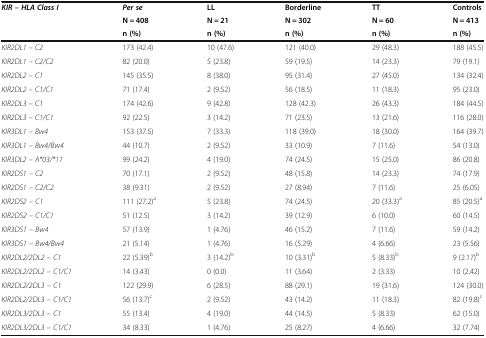
<table><thead><tr><td rowspan="3"><b><i>KIR – HLA Class I</i></b></td><td><b><i>Per se</i></b></td><td><b>LL</b></td><td><b>Borderline</b></td><td><b>TT</b></td><td><b>Controls</b></td></tr><tr><td><b>N = 408</b></td><td><b>N = 21</b></td><td><b>N = 302</b></td><td><b>N = 60</b></td><td><b>N = 413</b></td></tr><tr><td><b>n (%)</b></td><td><b>n (%)</b></td><td><b>n (%)</b></td><td><b>n (%)</b></td><td><b>n (%)</b></td></tr></thead><tbody><tr><td><i>KIR2DL1 – C2</i></td><td>173 (42.4)</td><td>10 (47.6)</td><td>121 (40.0)</td><td>29 (48.3)</td><td>188 (45.5)</td></tr><tr><td><i>KIR2DL1 – C2/C2</i></td><td>82 (20.0)</td><td>5 (23.8)</td><td>59 (19.5)</td><td>14 (23.3)</td><td>79 (19.1)</td></tr><tr><td><i>KIR2DL2 – C1</i></td><td>145 (35.5)</td><td>8 (38.0)</td><td>95 (31.4)</td><td>27 (45.0)</td><td>134 (32.4)</td></tr><tr><td><i>KIR2DL2 – C1/C1</i></td><td>71 (17.4)</td><td>2 (9.52)</td><td>56 (18.5)</td><td>11 (18.3)</td><td>95 (23.0)</td></tr><tr><td><i>KIR2DL3 – C1</i></td><td>174 (42.6)</td><td>9 (42.8)</td><td>128 (42.3)</td><td>26 (43.3)</td><td>184 (44.5)</td></tr><tr><td><i>KIR2DL3 – C1/C1</i></td><td>92 (22.5)</td><td>3 (14.2)</td><td>71 (23.5)</td><td>13 (21.6)</td><td>116 (28.0)</td></tr><tr><td><i>KIR3DL1 – Bw4</i></td><td>153 (37.5)</td><td>7 (33.3)</td><td>118 (39.0)</td><td>18 (30.0)</td><td>164 (39.7)</td></tr><tr><td><i>KIR3DL1 – Bw4/Bw4</i></td><td>44 (10.7)</td><td>2 (9.52)</td><td>33 (10.9)</td><td>7 (11.6)</td><td>54 (13.0)</td></tr><tr><td><i>KIR3DL2 – A*03/*11</i></td><td>99 (24.2)</td><td>4 (19.0)</td><td>74 (24.5)</td><td>15 (25.0)</td><td>86 (20.8)</td></tr><tr><td><i>KIR2DS1 – C2</i></td><td>70 (17.1)</td><td>2 (9.52)</td><td>48 (15.8)</td><td>14 (23.3)</td><td>74 (17.9)</td></tr><tr><td><i>KIR2DS1 – C2/C2</i></td><td>38 (9.31)</td><td>2 (9.52)</td><td>27 (8.94)</td><td>7 (11.6)</td><td>25 (6.05)</td></tr><tr><td><i>KIR2DS2 – C1</i></td><td>111 (27.2)<sup>a</sup></td><td>5 (23.8)</td><td>74 (24.5)</td><td>20 (33.3)<sup>a</sup></td><td>85 (20.5)<sup>a</sup></td></tr><tr><td><i>KIR2DS2 – C1/C1</i></td><td>51 (12.5)</td><td>3 (14.2)</td><td>39 (12.9)</td><td>6 (10.0)</td><td>60 (14.5)</td></tr><tr><td><i>KIR3DS1 – Bw4</i></td><td>57 (13.9)</td><td>1 (4.76)</td><td>46 (15.2)</td><td>7 (11.6)</td><td>59 (14.2)</td></tr><tr><td><i>KIR3DS1 – Bw4/Bw4</i></td><td>21 (5.14)</td><td>1 (4.76)</td><td>16 (5.29)</td><td>4 (6.66)</td><td>23 (5.56)</td></tr><tr><td><i>KIR2DL2/2DL2 – C1</i></td><td>22 (5.39)<sup>b</sup></td><td>3 (14.2)<sup>b</sup></td><td>10 (3.31)<sup>b</sup></td><td>5 (8.33)<sup>b</sup></td><td>9 (2.17)<sup>b</sup></td></tr><tr><td><i>KIR2DL2/2DL2 – C1/C1</i></td><td>14 (3.43)</td><td>0 (0.0)</td><td>11 (3.64)</td><td>2 (3.33)</td><td>10 (2.42)</td></tr><tr><td><i>KIR2DL2/2DL3 – C1</i></td><td>122 (29.9)</td><td>6 (28.5)</td><td>88 (29.1)</td><td>19 (31.6)</td><td>124 (30.0)</td></tr><tr><td><i>KIR2DL2/2DL3 – C1/C1</i></td><td>56 (13.7)<sup>c</sup></td><td>2 (9.52)</td><td>43 (14.2)</td><td>11 (18.3)</td><td>82 (19.8)<sup>c</sup></td></tr><tr><td><i>KIR2DL3/2DL3 – C1</i></td><td>55 (13.4)</td><td>4 (19.0)</td><td>44 (14.5)</td><td>5 (8.33)</td><td>62 (15.0)</td></tr><tr><td><i>KIR2DL3/2DL3 – C1/C1</i></td><td>34 (8.33)</td><td>1 (4.76)</td><td>25 (8.27)</td><td>4 (6.66)</td><td>32 (7.74)</td></tr></tbody></table>